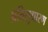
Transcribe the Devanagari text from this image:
प्रतिसुधारण